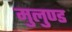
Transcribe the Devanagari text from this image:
मुलुण्ड